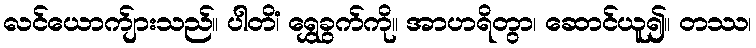
လင်ယောက်ျားသည်။ ပါတိံ၊ ရွှေခွက်ကို။ အာဟရိတွာ၊ ဆောင်ယူ၍။ တဿ၊